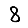
Digit: 8